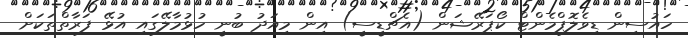
ހައުސިން ޑިވެލޮޕްމެންޓް ކޯޕަރޭޝަން (އެޗްޑީސީ) އިން މިއަދު ބުނީ ހުޅުމާލޭގައި އުޅޭ ފަރާތްތަކަށް